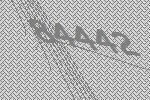
84442